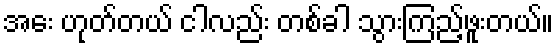
အေး ဟုတ်တယ် ငါလည်း တစ်ခါ သွားကြည့်ဖူးတယ်။